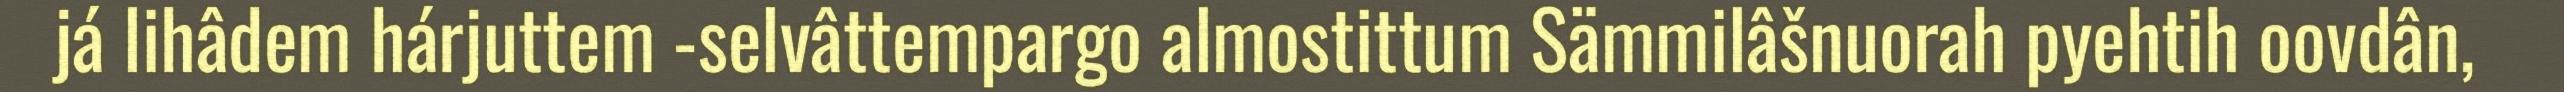
já lihâdem hárjuttem -selvâttempargo almostittum Sämmilâšnuorah pyehtih oovdân,